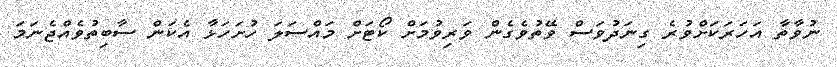
ނުވާތާ އަހަރަކަށްވުރެ ގިނަދުވަސް ވޭތުވެގެން ވަރިވުމަށް ކޯޓަށް މައްސަލަ ހުށަހަޅާ އެކަން ސާބިތުވެއްޖެނަމަ